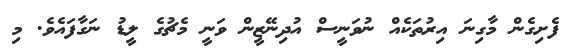
ފެށިގެން މާގިނަ އިރުތަކެއް ނުވަނީސް އުދިނޭޒީން ވަނީ މެޗުގެ ލީޑު ނަގާފައެވެ. މި